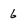
Character: 6